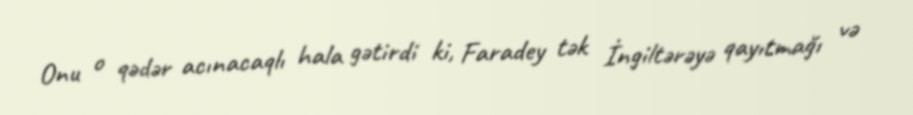
Onu o qədər acınacaqlı hala gətirdi ki, Faradey tək İngiltərəyə qayıtmağı və